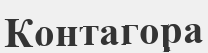
Контагора